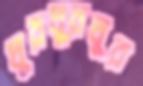
ঘুরঘুরঘুর